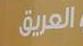
العريق